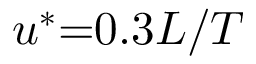
{ u ^ { * } } \mathrm { { = } } 0 . 3 L / T